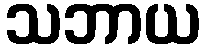
သဘာယ